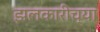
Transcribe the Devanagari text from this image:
झलकारीच्या